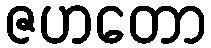
ဇဟတော